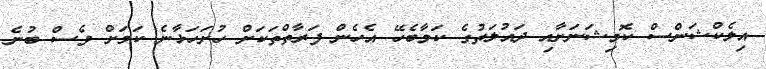
އިލެކްޝަންސް ކޮމިޝަނަށާއި ދައުލަތުގެ ކަމާބެހޭ އެހެން ފަރާތްތަކަށް ހުށަހަޅާނެ ކަމަށް ވެސް ބުނެ